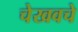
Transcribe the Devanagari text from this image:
चेखवचे